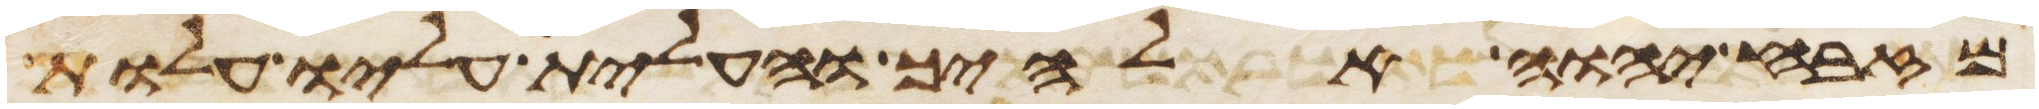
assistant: מזבח יהוה אלהיך והעלית עליו עלות